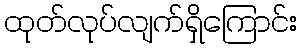
ထုတ်လုပ်လျက်ရှိကြောင်း